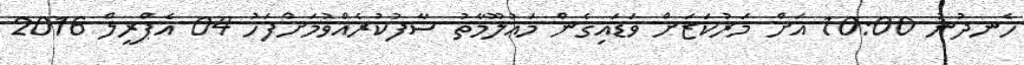
ހެނދުނު 10:00 އަށް މަރުކަޒަށް ވަޑައިގެން މަޢުލޫމާތު ސާފުކުރެއްވުމަށްފަހު 04 އެޕްރީލް 2016